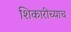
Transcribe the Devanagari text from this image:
शिकारीच्याच